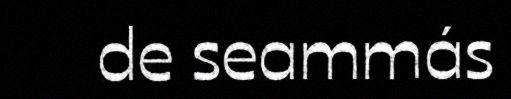
de seammás